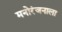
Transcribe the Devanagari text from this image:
मनोरंजनाला